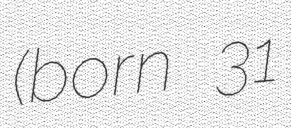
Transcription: (born 31